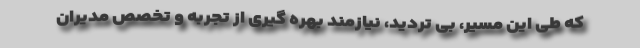
که طی این مسیر، بی تردید، نیازمند بهره گیری از تجربه و تخصص مدیران